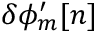
\delta \phi _ { m } ^ { \prime } [ n ]